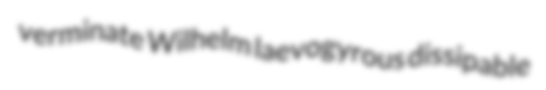
verminate Wilhelm laevogyrous dissipable